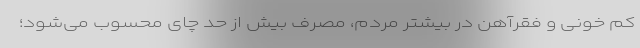
کم خونی و فقرآهن در بیشتر مردم، مصرف بیش از حد چای محسوب می‌شود؛